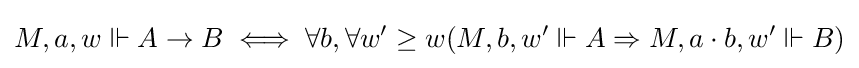
M,a,w\Vdash A\to B\iff \forall b,\forall w'\geq w(M,b,w'\Vdash A\Rightarrow M,a\cdot b,w'\Vdash B)